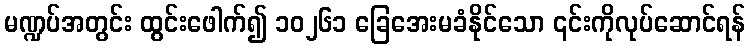
မဏ္ဍပ်အတွင်း ထွင်းဖေါက်၍ ၁၀၂၆၁ ခြေအေးမခံနိုင်သော ၎င်းကိုလုပ်ဆောင်ရန်